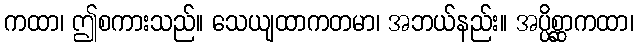
ကထာ၊ ဤစကားသည်။ သေယျထာကတမာ၊ အဘယ်နည်း။ အပ္ပိစ္ဆာကထာ၊